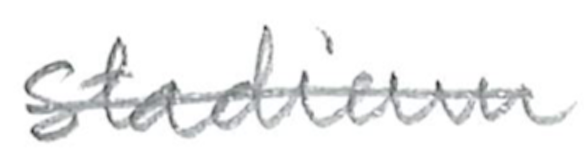
Text: stadium
Cross-out: mix
Writing tool: pencil